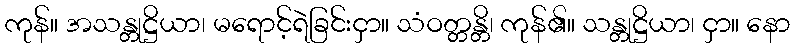
ကုန်။ အသန္တုဋ္ဌိယာ၊ မရောင့်ရဲခြင်းငှာ။ သံဝတ္တန္တိ၊ ကုန်၏။ သန္တုဋ္ဌိယာ၊ ငှာ။ နော